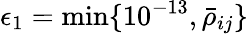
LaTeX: \epsilon_{1}=\operatorname*{min}\{ 10^{-13},\bar{\rho}_{ij}\}